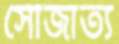
সৌজাত্য